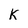
Character: K